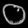
Digit: ၀